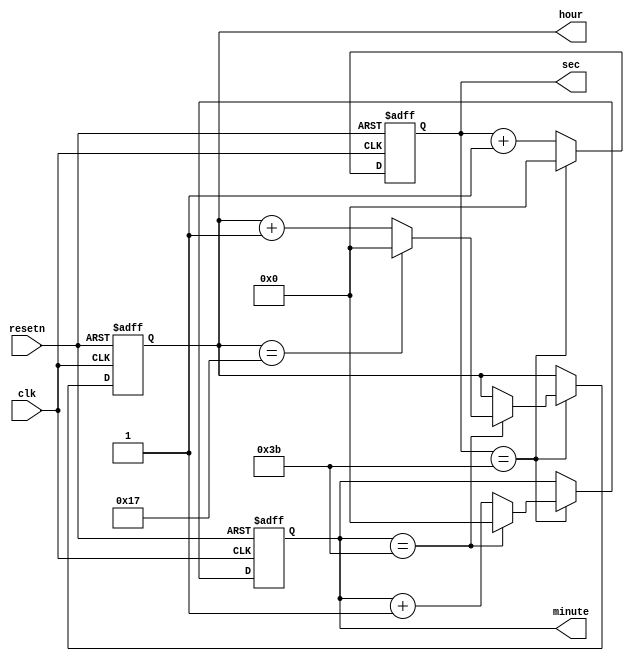
`timescale 1ms/1ms

module digital_clock(
    input clk,
    input resetn,
    output reg [7:0] sec,
    output reg [7:0] minute,
    output reg [7:0] hour
);

always @(posedge clk, negedge resetn)
begin
    if(!resetn)
    begin
        sec <= 0;
        minute <= 0;
        hour <= 0;
    end
    else
    begin
        if(sec == 59)
        begin
            sec<=0;
            if(minute==59)
            begin
                minute<=0;
                if(hour == 23)
                begin
                    hour <=0;
                end
                else
                begin
                    hour <=hour + 1;
                end
            end
            else
            begin
                minute<=minute+1;
            end
        end
        else
        begin
           sec <= sec + 1;             
        end
    end
    
end

endmodule